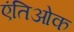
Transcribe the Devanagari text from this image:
एंतिओक